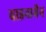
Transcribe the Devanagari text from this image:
चाइनामैन